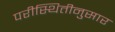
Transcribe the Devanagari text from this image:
परीस्थितीनुसार